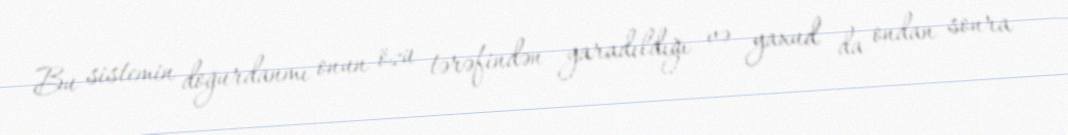
Bu sistemin doğurdanmı onun özü tərəfindən yaradıldığı və yaxud da ondan sonra